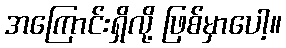
အကြောင်းရှိလို့ ဖြစ်မှာပေါ့။